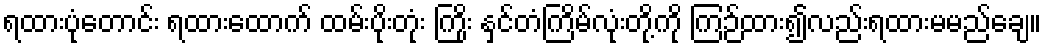
ရထားပုံတောင်း ရထားထောက် ထမ်းပိုးတုံး ကြိုး နှင်တံကြိမ်လုံးတို့ကို ကြဉ်ထား၍လည်းရထားမမည်ချေ။